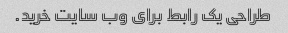
طراحی یک رابط برای وب سایت خرید.